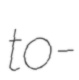
to-